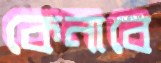
কেনাবে